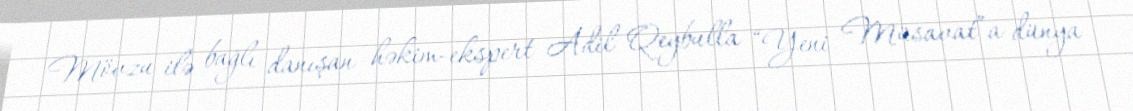
Mövzu ilə bağlı danışan həkim-ekspert Adil Qeybulla “Yeni Müsavat”a dünya